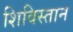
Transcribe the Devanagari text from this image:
शिविस्तान